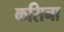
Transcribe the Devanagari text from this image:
कसिना